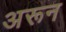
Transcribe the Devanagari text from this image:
अरून